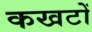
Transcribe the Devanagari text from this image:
कखटों